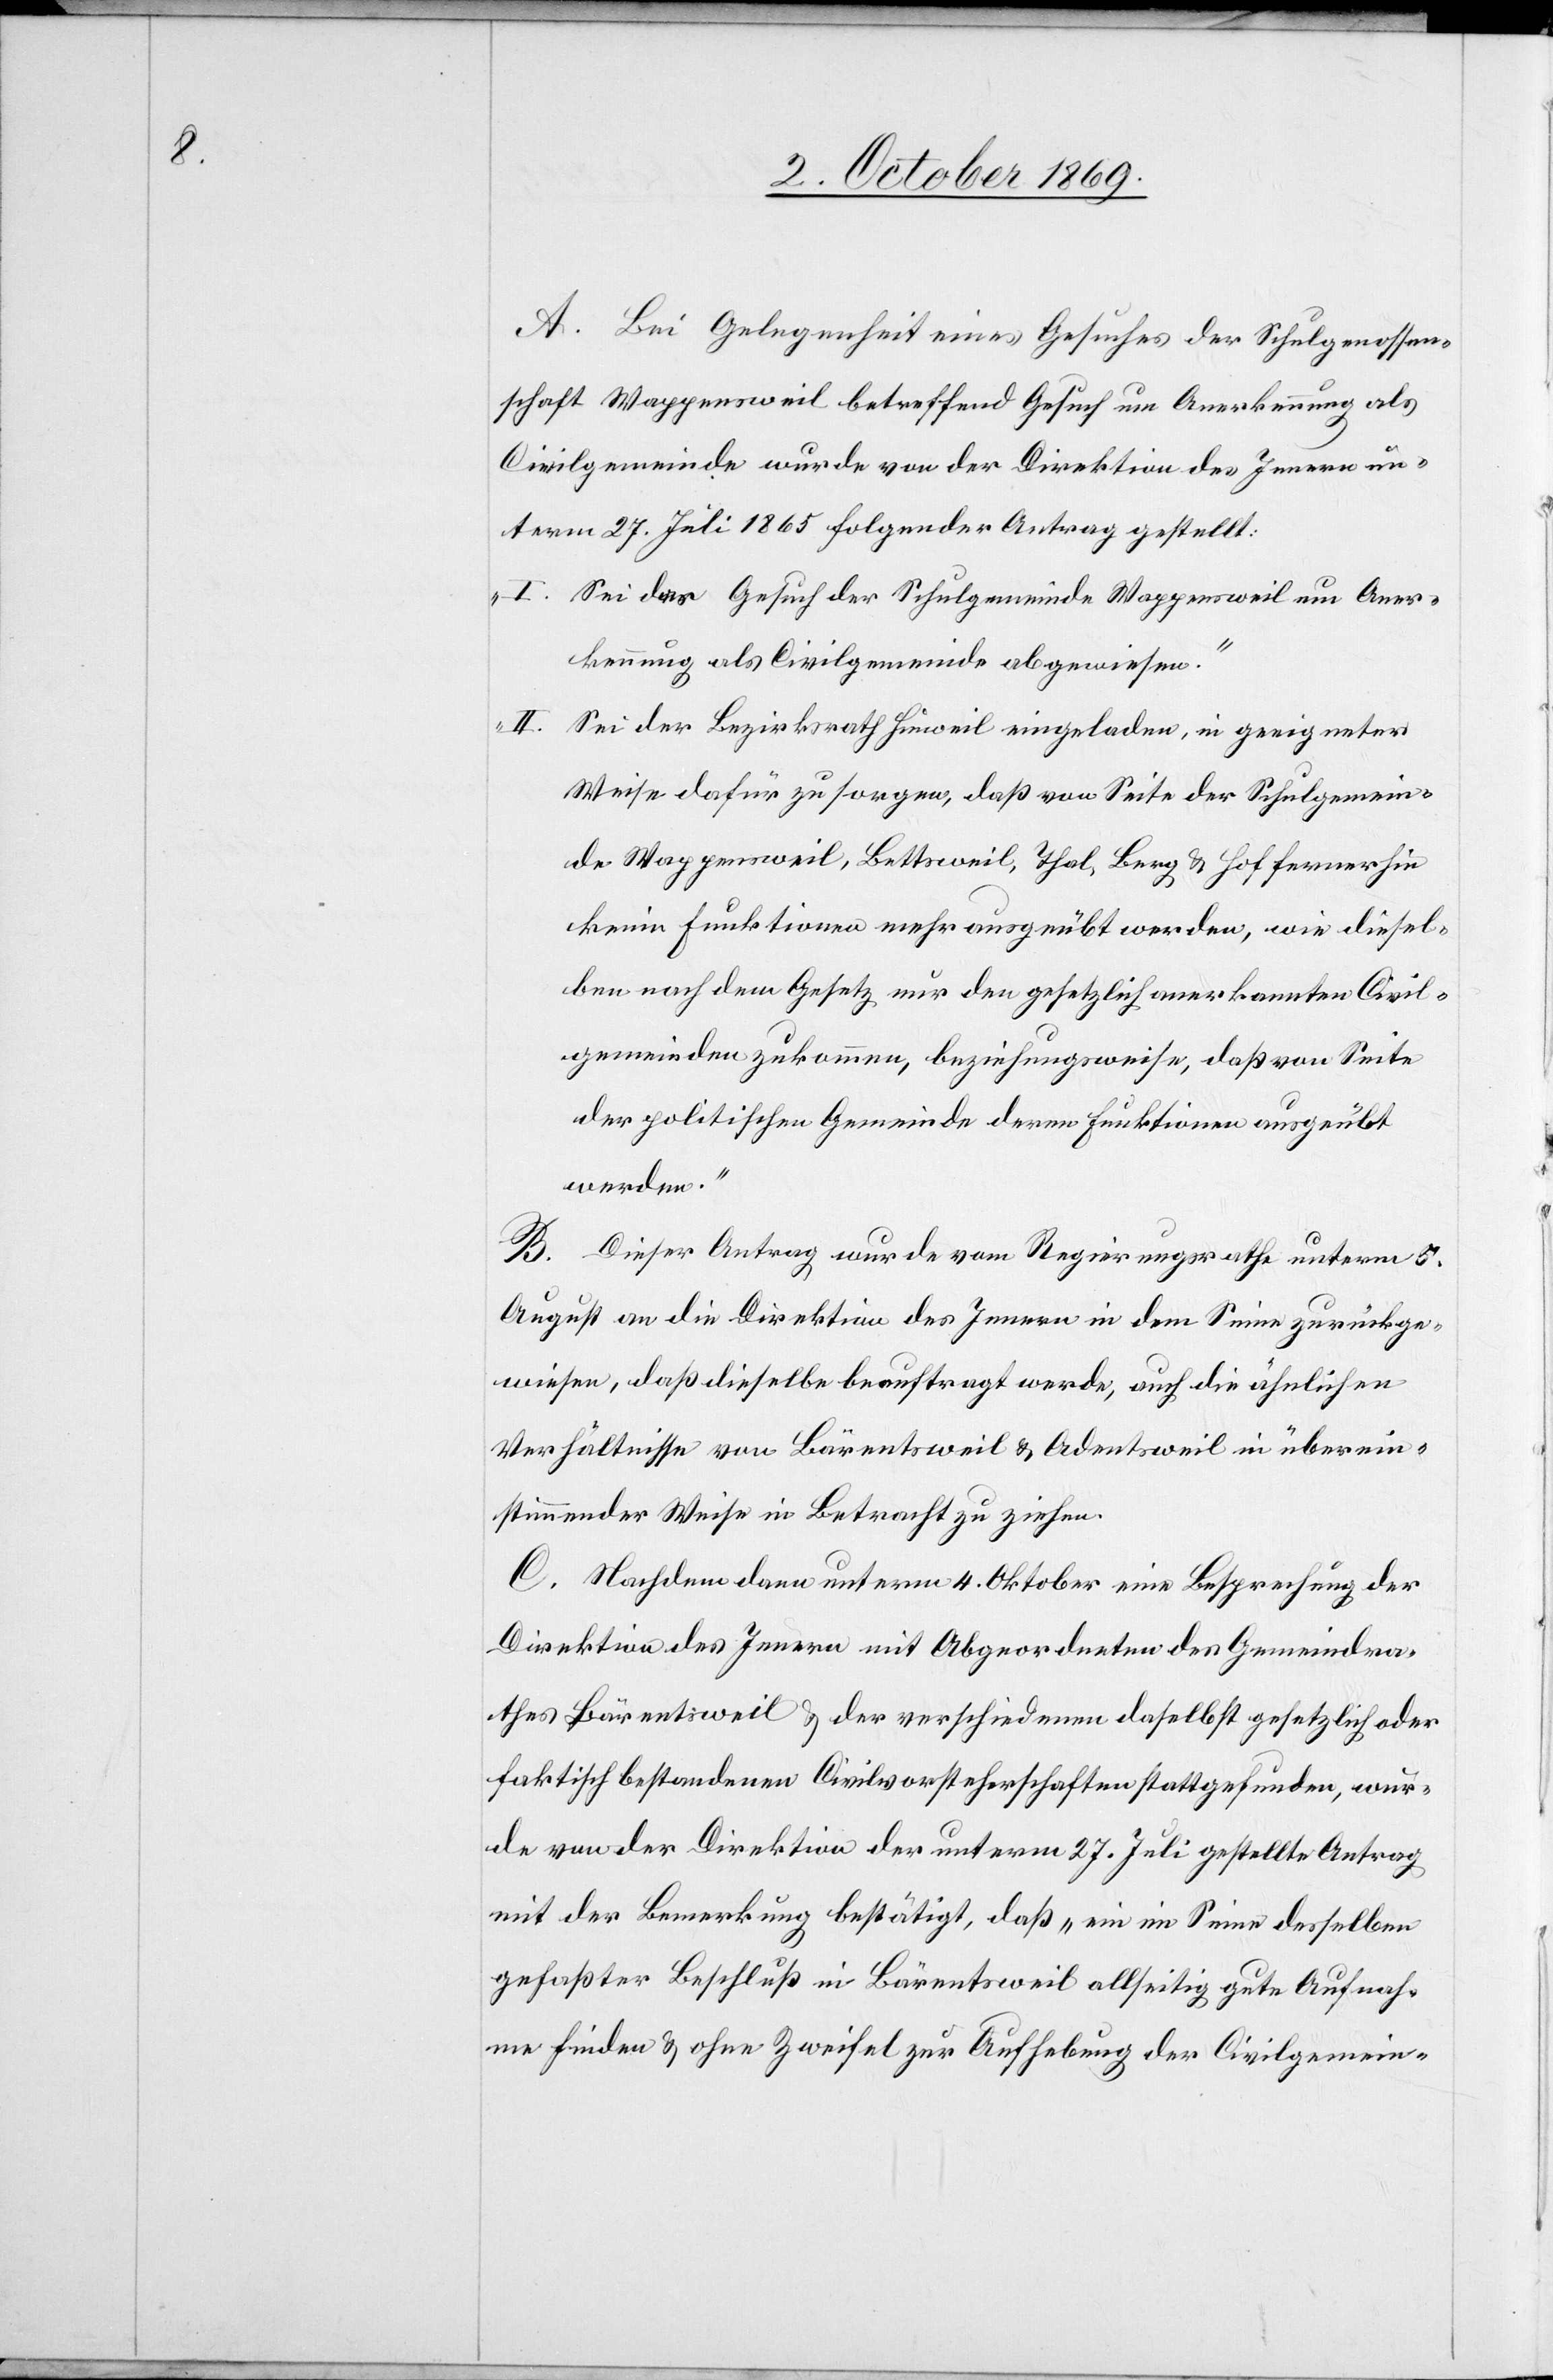
A. Bei Gelegenheit eines Gesuches der Schulgenossen¬
schaft Wappensweil betreffend Gesuch um Anerkennung als
Civilgemeinde wurde von der Direktion des Innern un¬
term 27. Juli 1865 folgender Antrag gestellt:
Sei das Gesuch der Schulgemeinde Wappensweil um Aner¬
„II.
kennung als Civilgemeinde abgewiesen.“
Weise dafür zu sorgen, daß von Seite der Schulgemein¬
de Wappensweil, Bettsweil, Thal, Berg & Hof fernerhin
keine Funktionen mehr ausgeübt werden, wie diesel¬
ben nach dem Gesetz nur den gesetzlich anerkannten Civil¬
gemeinden zukommen, beziehungsweise, daß von Seite
der politischen Gemeinde deren Funktionen ausgeübt
werden.“
B.
Dieser Antrag wurde vom Regierungsrathe unterm 5.
August an die Direktion des Innern in dem Sinne zurückge¬
wiesen, daß dieselbe beauftragt werde, auch die ähnlichen
Verhältnisse von Bärentsweil & Adentsweil in überein¬
stimmender Weise in Betracht zu ziehen.
C. Nachdem dann unterm 4. Oktober eine Besprechung der
Direktion des Innern mit Abgeordneten des Gemeindra¬
thes Bärentsweil & der verschiedenen daselbst gesetzlich oder
faktisch bestandenen Civilvorsteherschaften stattgefunden, wur¬
de von der Direktion der unterm 27. Juli gestellte Antrag
mit der Bemerkung bestätigt, daß „ein im Sinne desselben
gefaßter Beschluß in Bärentsweil allseitig gute Aufnah¬
me finden & ohne Zweifel zur Aufhebung der Civilgemein-